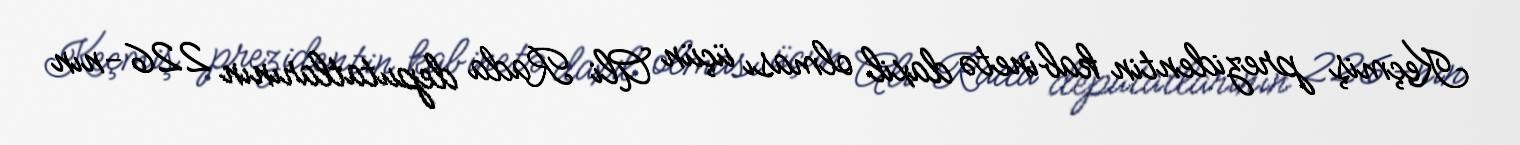
Keçmiş prezidentin kabinetə daxil olması üçün Ali Rada deputatlarının 226-nın